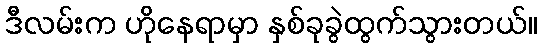
ဒီလမ်းက ဟိုနေရာမှာ နှစ်ခုခွဲထွက်သွားတယ်။